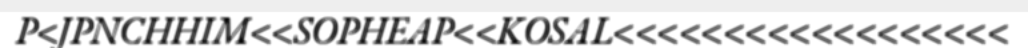
P<JPNCHHIM<<SOPHEAP<<KOSAL<<<<<<<<<<<<<<<<<<